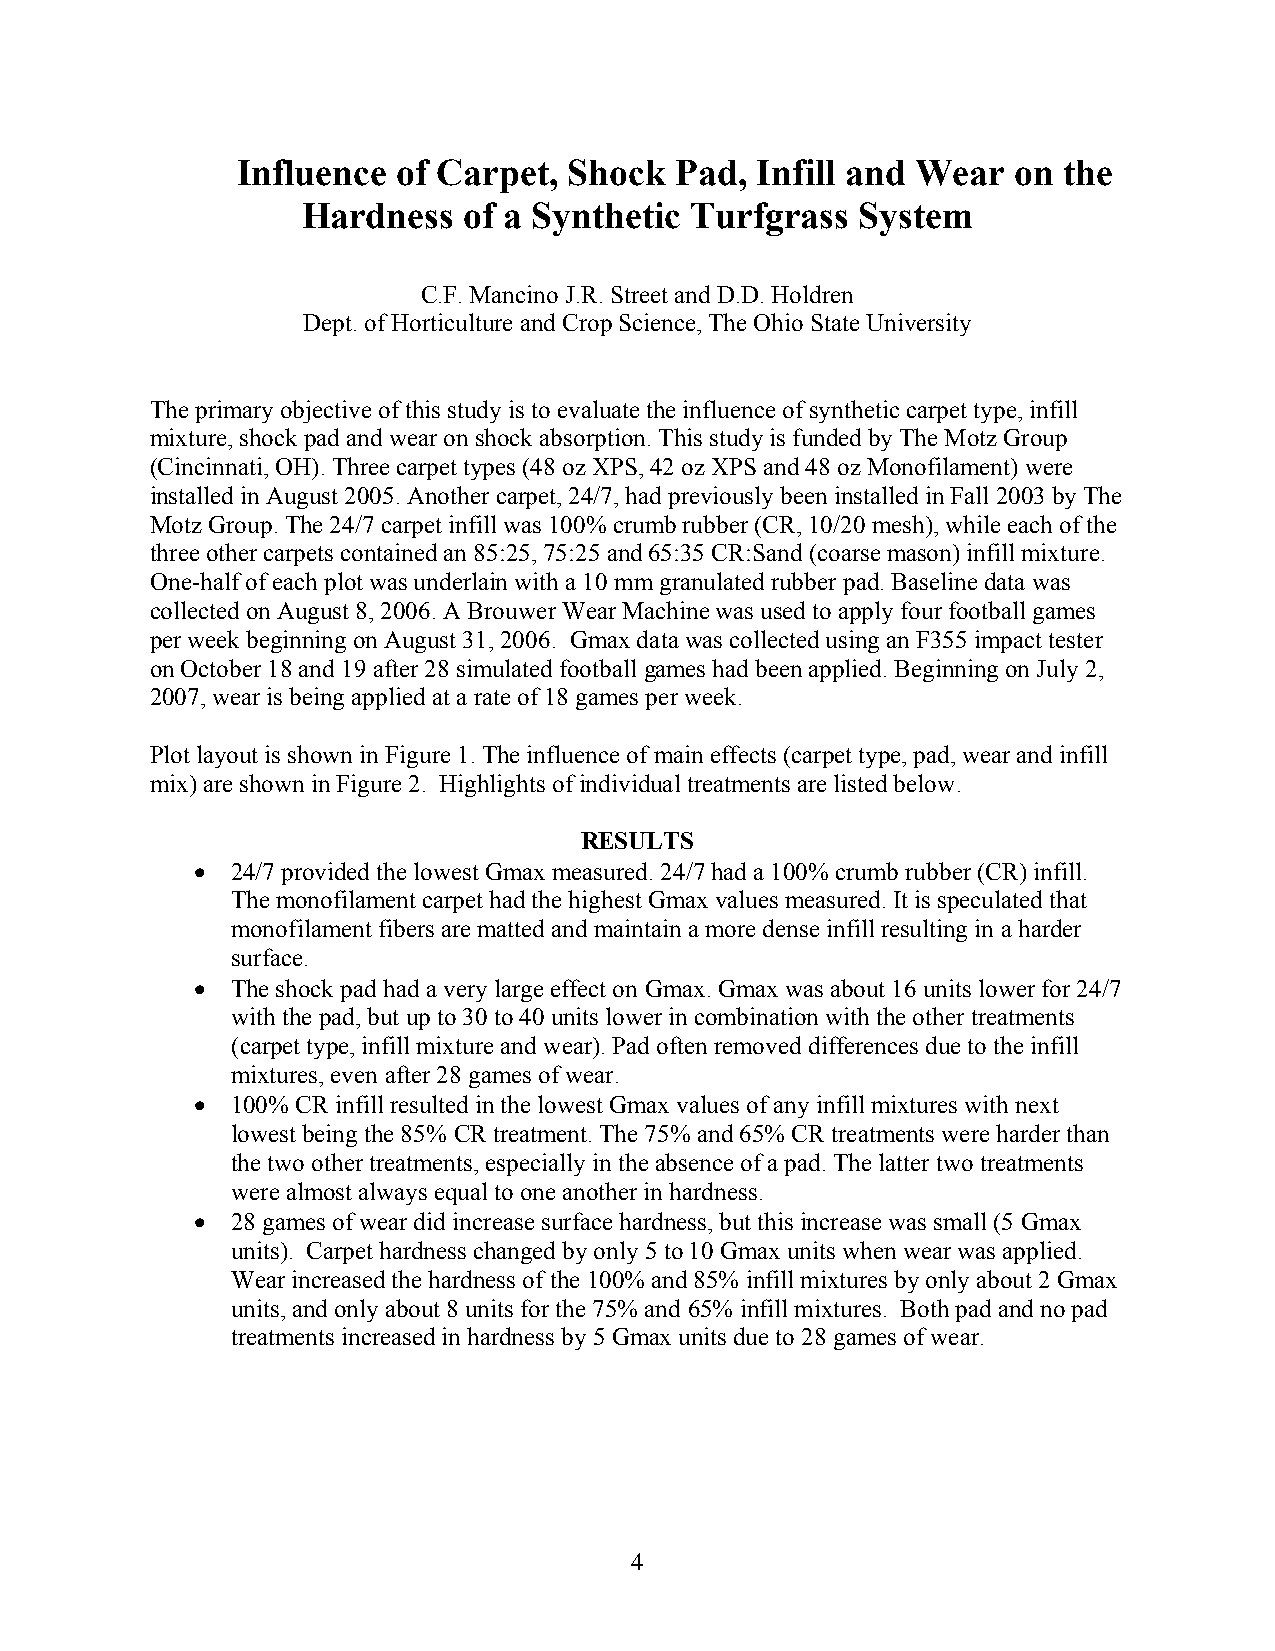
Influence of Carpet,  Shock  Pad, Infill and Wear  on the
 Hardness   of a Synthetic Turfgrass  System
 C.F. Mancino J.R. Street and D.D. Holdren
 Dept. of Horticulture and Crop Science, The Ohio State University
 The primary objective of this study is to evaluate the influence of synthetic carpet type, infill
 mixture, shock pad and wear on shock absorption. This study is funded by The Motz Group
 (Cincinnati, OH). Three carpet types (48 oz XPS, 42 oz XPS and 48 oz Monofilament) were
 installed in August 2005. Another carpet, 24/7, had previously been installed in Fall 2003 by The
 Motz Group. The 24/7 carpet infill was 100% crumb rubber (CR, 10/20 mesh), while each of the
 three other carpets contained an 85:25, 75:25 and 65:35 CR:Sand (coarse mason) infill mixture.
 One-half of each plot was underlain with a 10 mm granulated rubber pad. Baseline data was
 collected on August 8, 2006. A Brouwer Wear Machine was used to apply four football games
 per week beginning on August 31, 2006. Gmax data was collected using an F355 impact tester
 on October 18 and 19 after 28 simulated football games had been applied. Beginning on July 2,
 2007, wear is being applied at a rate of 18 games per week.
 Plot layout is shown in Figure 1. The influence of main effects (carpet type, pad, wear and infill
 mix) are shown in Figure 2. Highlights of individual treatments are listed below.
 RESULTS
 • 24/7 provided the lowest Gmax measured. 24/7 had a 100% crumb rubber (CR) infill.
 The monofilament carpet had the highest Gmax values measured. It is speculated that
 monofilament fibers are matted and maintain a more dense infill resulting in a harder
 surface.
 • The shock pad had a very large effect on Gmax. Gmax was about 16 units lower for 24/7
 with the pad, but up to 30 to 40 units lower in combination with the other treatments
 (carpet type, infill mixture and wear). Pad often removed differences due to the infill
 mixtures, even after 28 games of wear.
 • 100% CR infill resulted in the lowest Gmax values of any infill mixtures with next
 lowest being the 85% CR treatment. The 75% and 65% CR treatments were harder than
 the two other treatments, especially in the absence of a pad. The latter two treatments
 were almost always equal to one another in hardness.
 • 28 games of wear did increase surface hardness, but this increase was small (5 Gmax
 units). Carpet hardness changed by only 5 to 10 Gmax units when wear was applied.
 Wear increased the hardness of the 100% and 85% infill mixtures by only about 2 Gmax
 units, and only about 8 units for the 75% and 65% infill mixtures. Both pad and no pad
 treatments increased in hardness by 5 Gmax units due to 28 games of wear.
 4